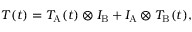
\begin{array} { r } { T ( t ) = T _ { \mathrm { A } } ( t ) \otimes I _ { \mathrm { B } } + I _ { \mathrm { A } } \otimes T _ { \mathrm { B } } ( t ) , } \end{array}